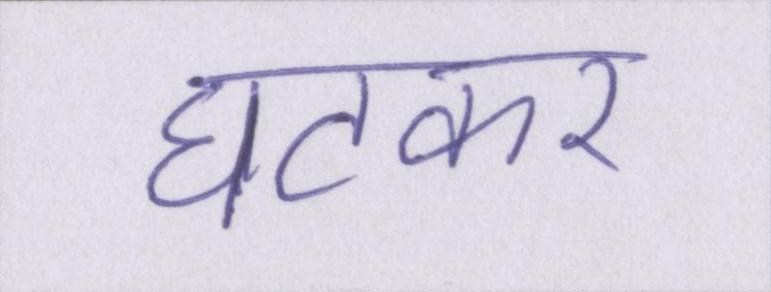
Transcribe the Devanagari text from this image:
घटकर